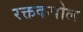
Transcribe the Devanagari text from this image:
रक्तकपोल